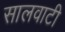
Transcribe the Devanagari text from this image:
सालवाटी